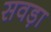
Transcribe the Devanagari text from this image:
सवड़ा